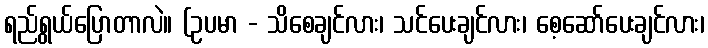
ရည်ရွယ်ပြောတာလဲ။ (ဥပမာ - သိစေချင်လား၊ သင်ပေးချင်လား၊ စေ့ဆော်ပေးချင်လား၊